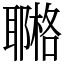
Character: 鿤